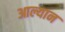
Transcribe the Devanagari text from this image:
आल्यान